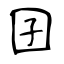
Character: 囝